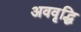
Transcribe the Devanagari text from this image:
अववृद्धि